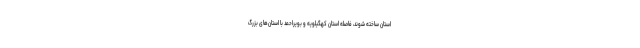
استان ساخته شوند، فاصله استان کهگیلویه و بویراحمد با استان‌های بزرگ